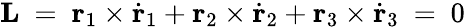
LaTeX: \mathbf L\ =\ \mathbf r_{1}\times\dot{\mathbf r}_{1}+\mathbf r_{2}\times\dot{\mathbf r}_{2}+\mathbf r_{3}\times\dot{\mathbf r}_{3}\ =\ 0